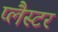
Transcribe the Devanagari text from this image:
प्लैस्टर